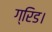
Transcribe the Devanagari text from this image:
ग्रिड।